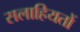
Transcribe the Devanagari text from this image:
सलाहियतों